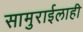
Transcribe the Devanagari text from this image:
सामुराईलाही